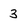
Character: 3